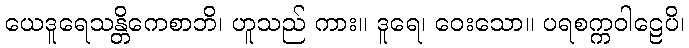
ယေဒူရေသန္တိကေစာဘိ၊ ဟူသည် ကား။ ဒူရေ၊ ဝေးသော။ ပရစက္ကဝါဠေပိ၊